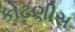
કોટણીસ